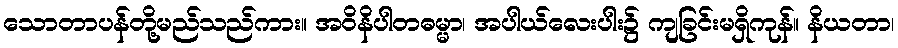
သောတာပန်တို့မည်သည်ကား။ အဝိနိပါတဓမ္မာ၊ အပါယ်လေးပါး၌ ကျခြင်းမရှိကုန်။ နိယတာ၊